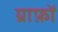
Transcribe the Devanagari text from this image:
ग्राफ़ों